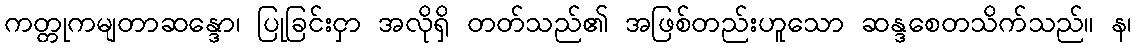
ကတ္တုကမျတာဆန္ဒော၊ ပြုခြင်းငှာ အလိုရှိ တတ်သည်၏ အဖြစ်တည်းဟူသော ဆန္ဒစေတသိက်သည်။ န၊